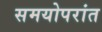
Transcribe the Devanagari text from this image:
समयोपरांत